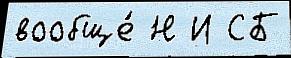
вообще́ Н И СБ